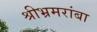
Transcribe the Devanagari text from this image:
श्रीभ्रमरांबा